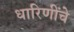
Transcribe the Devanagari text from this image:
धारिणींचे